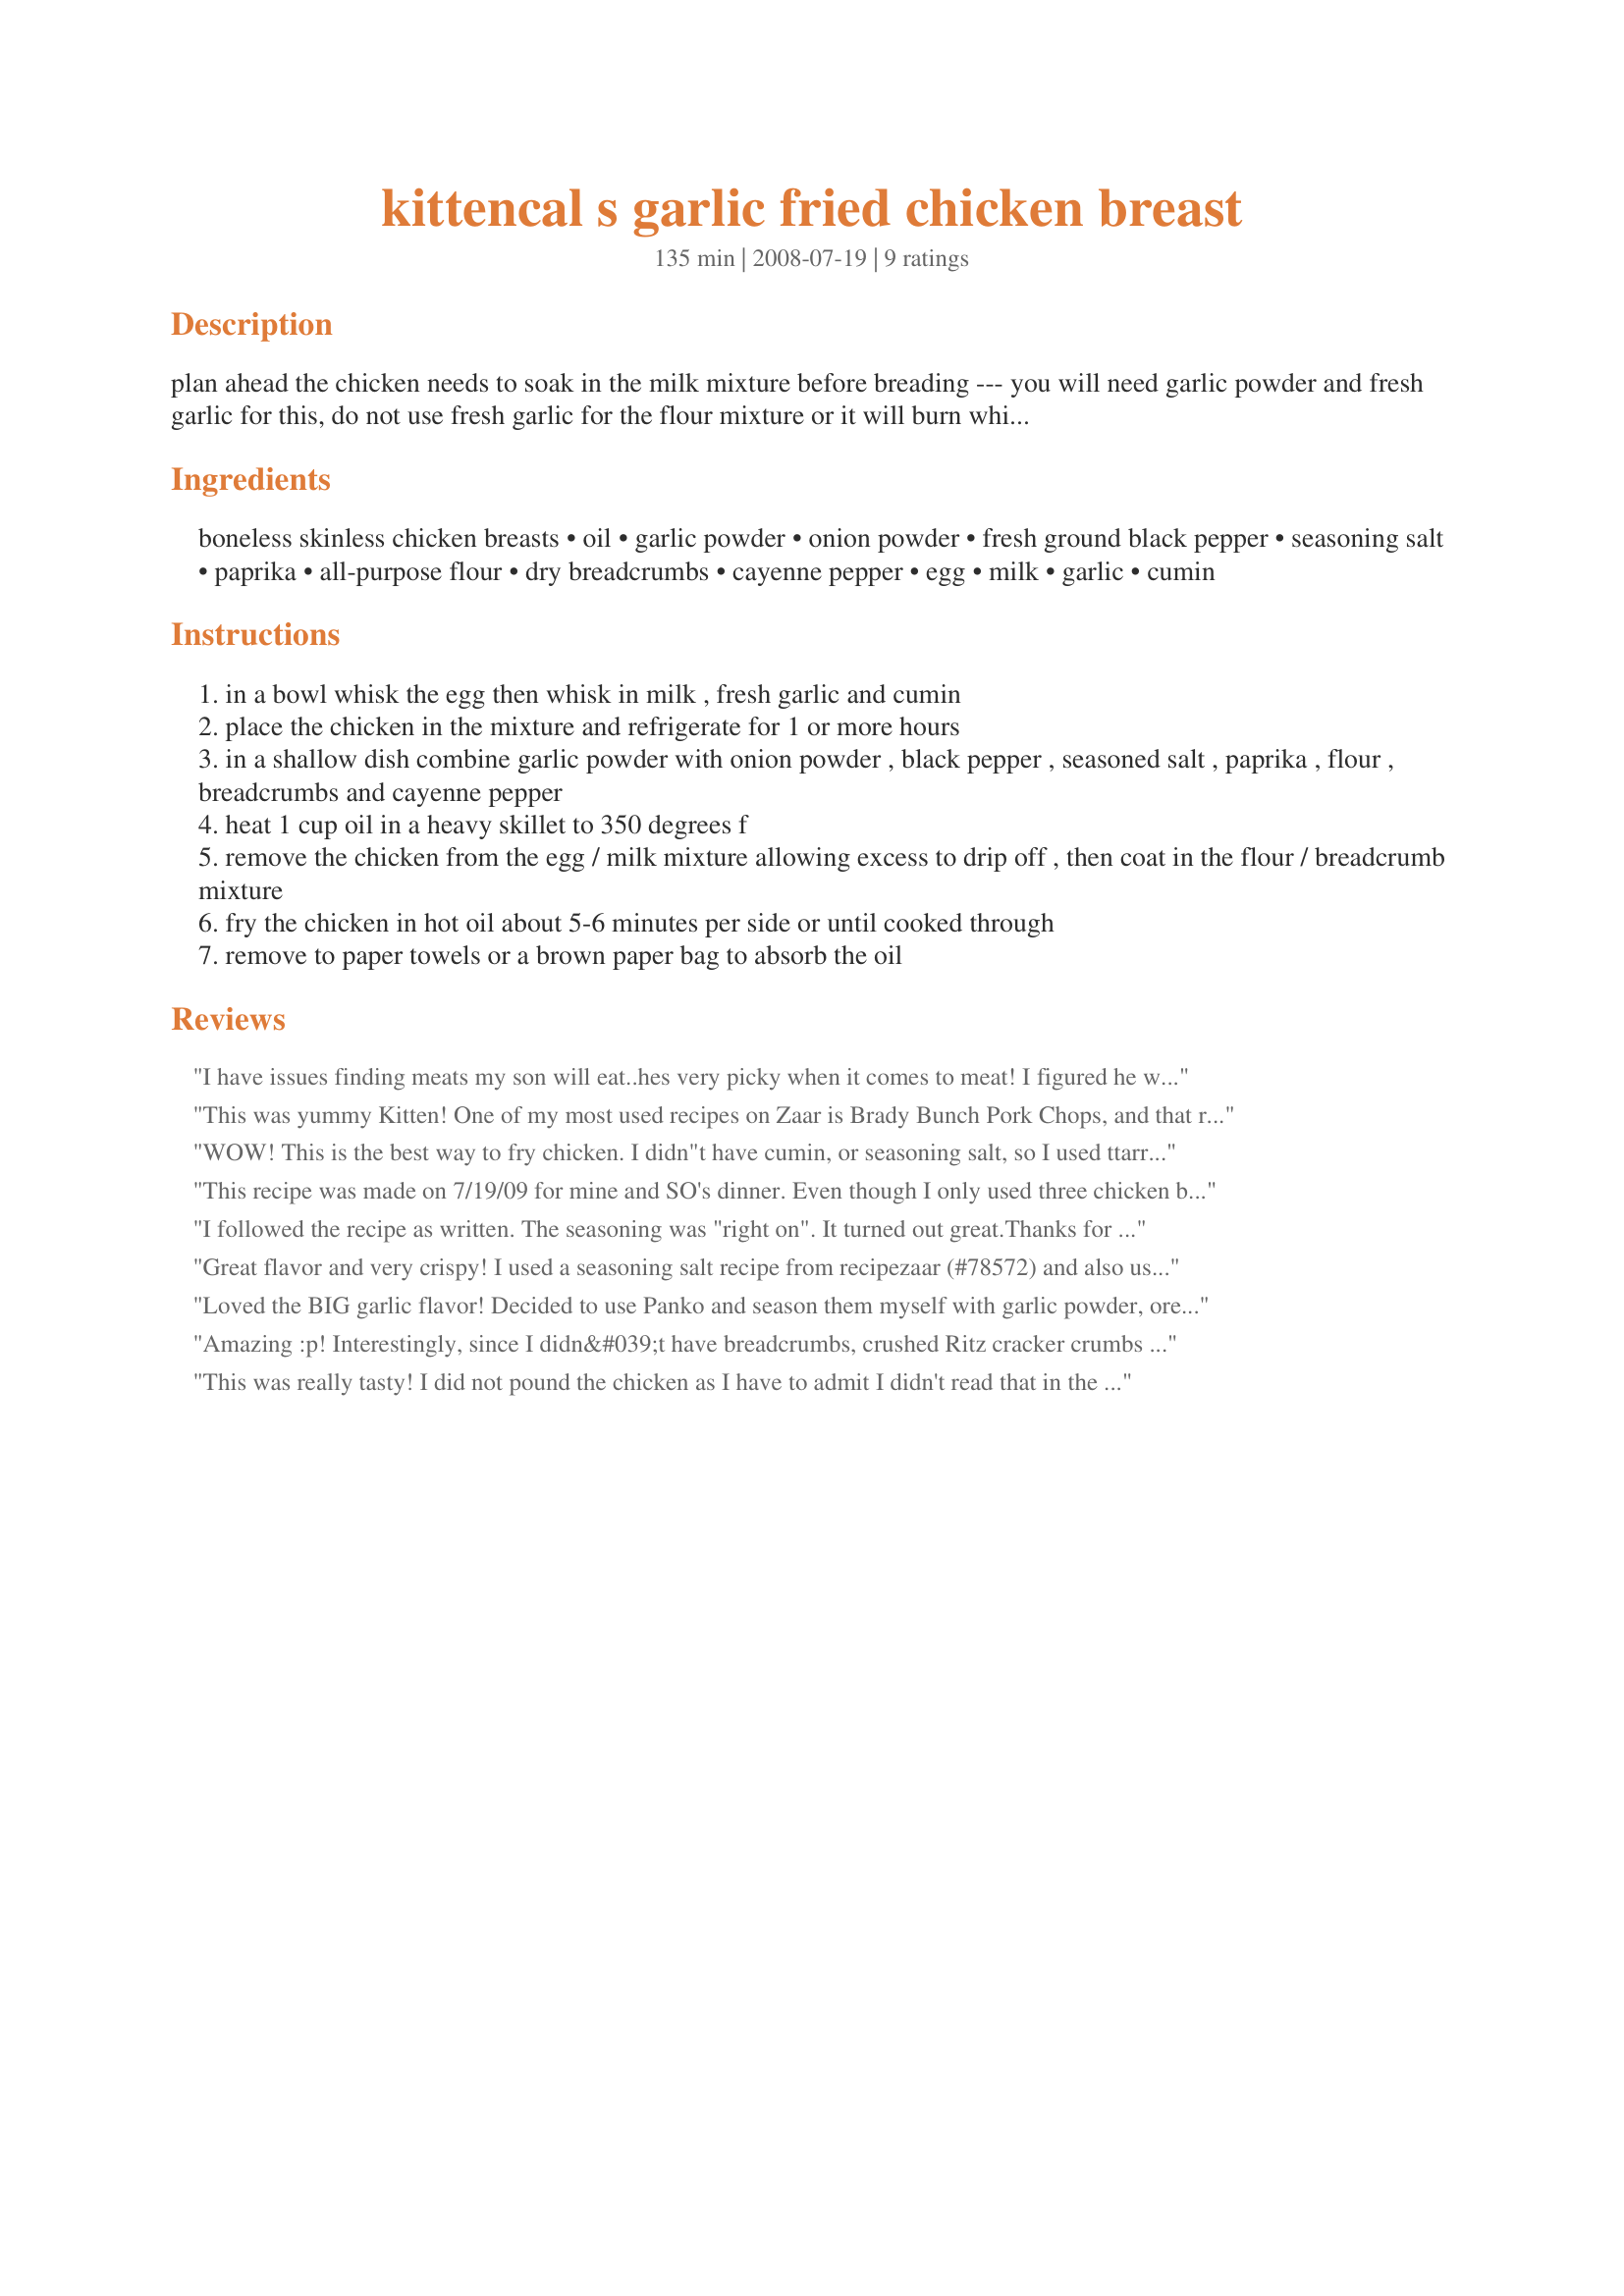
kittencal s garlic fried chicken breast
Preparation time: 135 minutes

plan ahead the chicken needs to soak in the milk mixture before breading --- you will need garlic powder and fresh garlic for this, do not use fresh garlic for the flour mixture or it will burn while cooking. this recipe may be doubled although you will need to make two separate bowls of breading mixture do not double the amounts into one bowl. --- serve with mashed potatoes and gravy, see my recipe#145064

Ingredients:
boneless skinless chicken breasts, oil, garlic powder, onion powder, fresh ground black pepper, seasoning salt, paprika, all-purpose flour, dry breadcrumbs, cayenne pepper, egg, milk, garlic, cumin

Steps:
in a bowl whisk the egg then whisk in milk , fresh garlic and cumin
place the chicken in the mixture and refrigerate for 1 or more hours
in a shallow dish combine garlic powder with onion powder , black pepper , seasoned salt , paprika , flour , breadcrumbs and cayenne pepper
heat 1 cup oil in a heavy skillet to 350 degrees f
remove the chicken from the egg / milk mixture allowing excess to drip off , then coat in the flour / breadcrumb mixture
fry the chicken in hot oil about 5-6 minutes per side or until cooked through
remove to paper towels or a brown paper bag to absorb the oil

Reviews:
I have issues finding meats my son will eat..hes very picky when it comes to meat! I figured he would do his usual and take a bite of this and say he doesn't like it but.....HE DIDN'T! Not only did he eat what I put on his plate...HE ATE ANOTHER PIECE! It came out so tender we were cutting it with a fork I did use a bit more Cumin and didn't use any Cayenne and it was perfect! I normally change recipes I try off of this site but every recipe I have tried by Kittencal has been wonderful and I make little to no changes to them so I tend to navigate towards those and this recipe here is just another reminder of why I do! Thanks Again!
This was yummy Kitten! One of my most used recipes on Zaar is Brady Bunch Pork Chops, and that recipe, like yours, uses a 'milk soak' for the meat. It makes such a difference in the tenderness! I 'soaked' mine for over 3 hours and it was unbelievably juicy! The breading crusted up so nicely too. I think I need to use more cumin next time, and I may even add some chili powder. This technique is wonderful and the possibilities with it are endless. Thanks for sharing!
WOW! This is the best way to fry chicken. I didn"t have cumin, or seasoning salt, so I used t<br/>tarrgon in the soak, and Emirl's essence in the flour. Regardless of the mix, I was wonderful.<br/>Moist and tasty. Thank you for this reciepe.
This recipe was made on 7/19/09 for mine and SO's dinner. Even though I only used three chicken breast halves, the recipe was made as written.Since I was serving mashed potatoes with this, I took a bit of the leftover seasoned flour and made some gravy. We both agreed that the breading needs a bit more of a " kick ", so next time some more cayenne will be added. I have to agree with Psykhotik, we also cut this with a fork. Thanks for posting and, " Keep Smiling :) "
I followed the recipe as written. The seasoning was "right on". It turned out great.<br/>Thanks for posting this wonderful recipe.
Great flavor and very crispy! I used a seasoning salt recipe from recipezaar (#78572) and also used 3 1/2 lbs of cut-up whole chicken instead of breasts (skin on). Let the chicken "soak" for 8 hours (so very moist!) and substituted cayenne for the cumin. Will be making this again. Used a Deep Fryer (Cool Daddy) and it worked just fine! Thanks for another terrific recipe--it rivals our favorite Garlic Chicken from a local Chinese Restaurant in Stockton, Ca.
Loved the BIG garlic flavor! Decided to use Panko and season them myself with garlic powder, oregano, parsley, basil, and a little season all. Worked beautifully and they were nice and crunchy. Thought I had 6 chicken breasts, but one package from the freezer that I thought was chicken, ended up being boneless pork chops (don't ask how that happened?!?). Anyway, went ahead and breaded those, just like the chicken breast and they were also moist and delicious. Even my 9-yr old that doesn't like garlic much loved this. This morning we all fought over who got to take the leftovers for lunch. Great recipe for my family.
Amazing :p! Interestingly, since I didn&#039;t have breadcrumbs, crushed Ritz cracker crumbs made a delicious variation :D! I used thin sliced organic chicken chicken breasts. When done the flattened chicken makes amazing sandwiches because they are thin but still thick and juicy and fit perfectly between two slices of bread :)! A shining 5 stars from me!!!!!!!!
This was really tasty! I did not pound the chicken as I have to admit I didn't read that in the instructions until it was too late to do it. Next time I think I will pound the chicken so that it doesn't have to spend the time in the oven. The flavor is great and the chicken was really moist and juicy. I had lots of left over flour from dredging so next time I may use it to make gravy!
